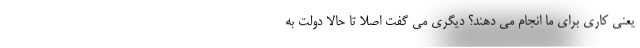
یعنی کاری برای ما انجام می دهند؟ دیگری می گفت اصلا تا حالا دولت به